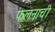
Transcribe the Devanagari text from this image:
फलनाची